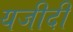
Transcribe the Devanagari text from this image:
यजीदी